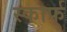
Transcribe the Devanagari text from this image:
स्कार्फ्